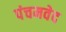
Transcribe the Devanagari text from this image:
पंचमवेद